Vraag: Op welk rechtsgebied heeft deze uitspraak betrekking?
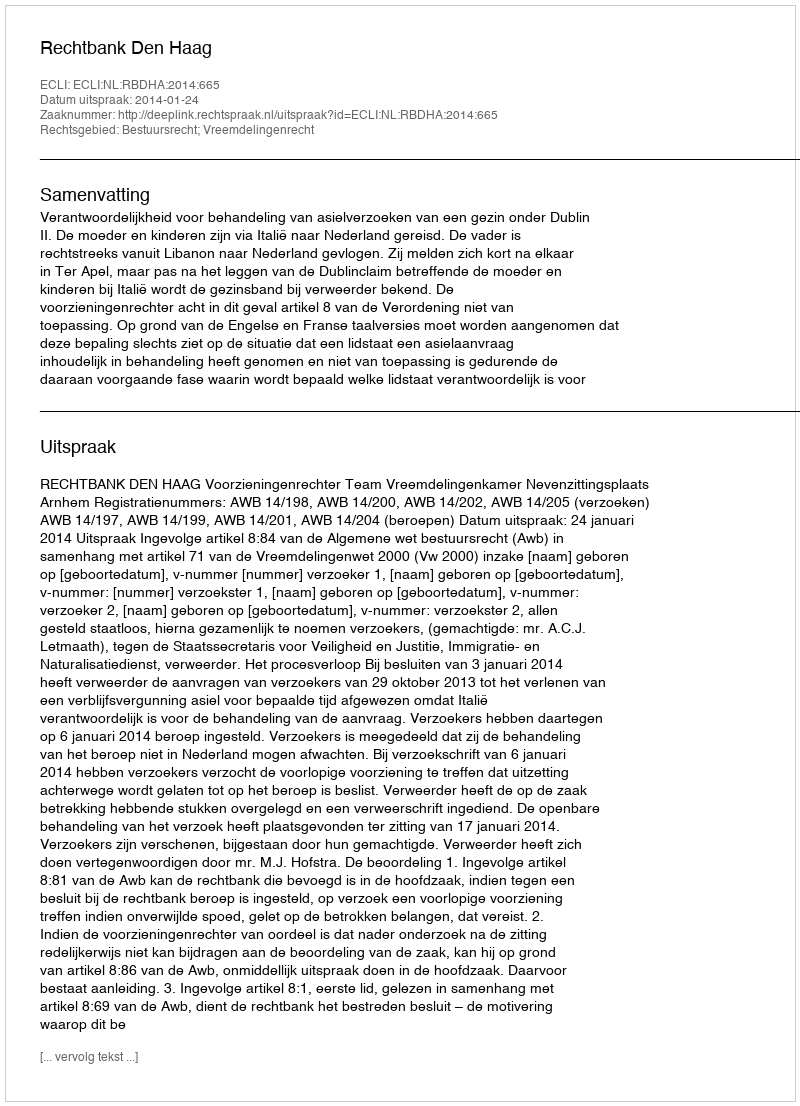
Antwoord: Bestuursrecht; Vreemdelingenrecht